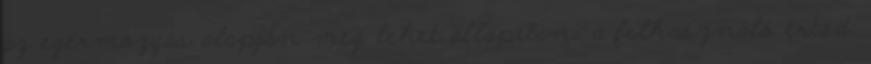
az egérmozgás alapján meg lehet állapítani a felhasználó értsd: